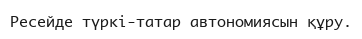
Ресейде түркі-татар автономиясын құру.